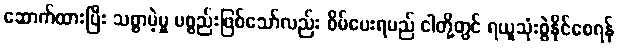
ဆောက်ထားပြီး သစ္စာမဲ့မှု ပစ္စည်းဖြစ်သော်လည်း စိမ်ပေးရမည် ငါတို့တွင် ရယူသုံးစွဲနိုင်စေရန်